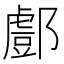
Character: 𨞘